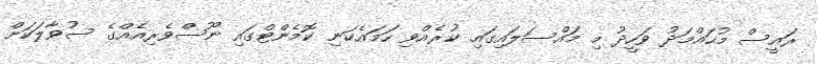
ރައީސް މުހައްމަދު ވަހީދު މި މައްސަލައިގައި ކުރެއްވި ހަމައެކަނި ކޮމެންޓްގައި ނޫސްވެރިއެއްގެ ސުވާލަކަށް